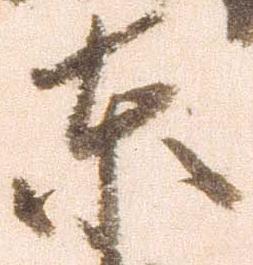
東